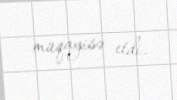
müqayisə etdi.